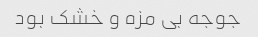
جوجه بی مزه و خشک بود